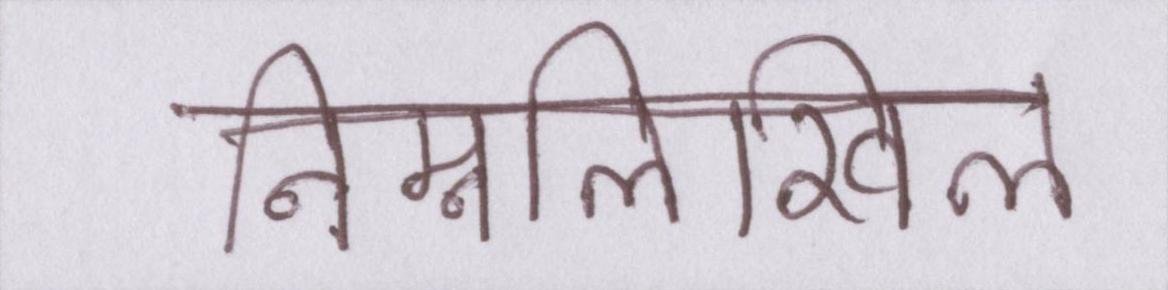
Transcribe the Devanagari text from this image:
निम्नलिखिल